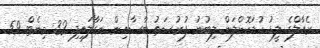
ރެއާލްގެ ލީޑު ކުޑަކޮށްލަން ލިބުނު ފުރުސަތު ބާސާއިން ނަގާލައިފި 32 މިނެޓް 59